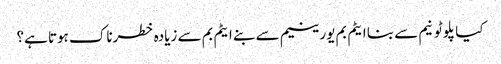
کیا پلوٹونیم سے بنا ایٹم بم یورینیم سے بنے ایٹم بم سے زیادہ خطرناک ہوتا ہے؟